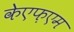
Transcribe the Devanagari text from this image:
केएफ़एम